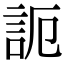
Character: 𧦠